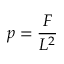
p = { \frac { F } { L ^ { 2 } } }